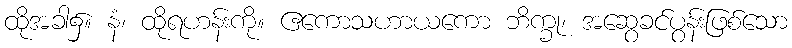
ထိုအခါ၌။ နံ၊ ထိုရဟန်းကို။ ဧကောသဟာယကော ဘိက္ခု၊ အဆွေခင်ပွန်းဖြစ်သော